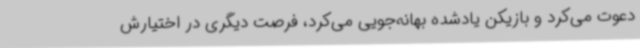
دعوت می‌کرد و بازیکن یادشده بهانه‌جویی می‌کرد، فرصت دیگری در اختیارش